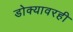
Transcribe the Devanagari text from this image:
डोक्यावरही